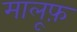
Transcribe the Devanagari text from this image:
मालूफ़